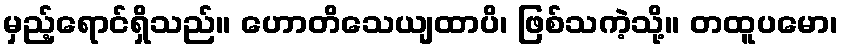
မှည့်ရောင်ရှိသည်။ ဟောတိသေယျထာပိ၊ ဖြစ်သကဲ့သို့။ တထူပမော၊